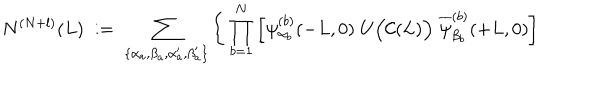
LaTeX: N ^ { ( N + l ) } ( L ) \; : = \; \sum _ { \{ \alpha _ { a } , \beta _ { a } , \alpha _ { a } ^ { \prime } , \beta _ { a } ^ { \prime } \} } \Bigg \{ \prod _ { b = 1 } ^ { N } \left[ \psi _ { \alpha _ { b } } ^ { ( b ) } ( - L , 0 ) \; U \Big ( { \cal C } ( L ) \Big ) \; \overline { { { \psi } } } _ { \beta _ { b } } ^ { ( b ) } ( + L , 0 ) \right]